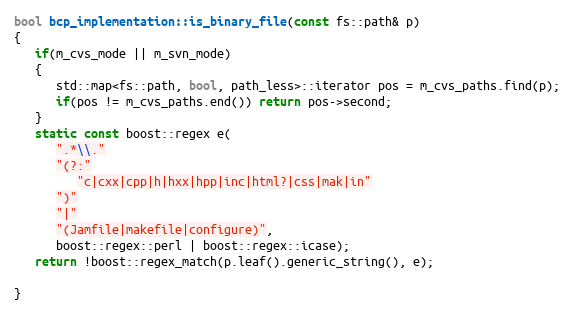
Language: C++
bool bcp_implementation::is_binary_file(const fs::path& p)
{
   if(m_cvs_mode || m_svn_mode)
   {
      std::map<fs::path, bool, path_less>::iterator pos = m_cvs_paths.find(p);
      if(pos != m_cvs_paths.end()) return pos->second;
   }
   static const boost::regex e(
      ".*\\."
      "(?:"
         "c|cxx|cpp|h|hxx|hpp|inc|html?|css|mak|in"
      ")"
      "|"
      "(Jamfile|makefile|configure)",
      boost::regex::perl | boost::regex::icase);
   return !boost::regex_match(p.leaf().generic_string(), e);

}